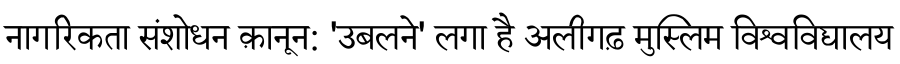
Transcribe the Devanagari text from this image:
नागरिकता संशोधन क़ानून: 'उबलने' लगा है अलीगढ़ मुस्लिम विश्वविद्यालय